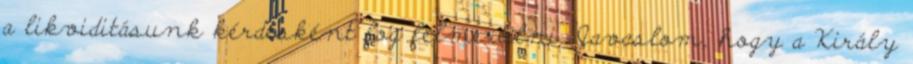
a likviditásunk kérdésként fog felmerülni. Javaslom, hogy a Király